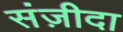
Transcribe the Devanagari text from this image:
संज़ीदा